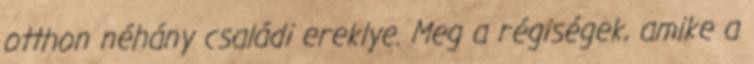
otthon néhány családi ereklye. Meg a régiségek, amike a